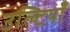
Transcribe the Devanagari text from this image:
उल्टियाँ